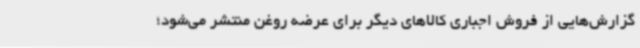
گزارش‌هایی از فروش اجباری کالاهای دیگر برای عرضه روغن منتشر می‌شود؛